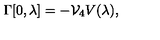
\Gamma [ 0 , \lambda ] = - { \cal V } _ { 4 } V ( \lambda ) ,